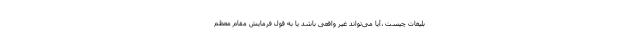
بلیغات چیست ،آیا می‌تواند غیر واقعی باشد یا به قول فرمایش مقام معظم